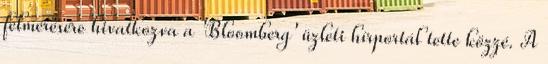
felmérésére hivatkozva a 'Bloomberg' üzleti hírportál tette közzé. A